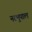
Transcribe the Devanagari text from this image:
नरभुपाल